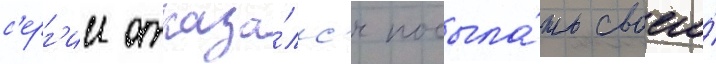
с'ерг'ии отказа́лс'я посыла́ть своего́